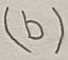
Text: (b)